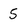
Character: S